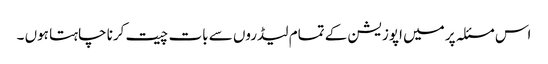
اس مسئلہ پر میں اپوزیشن کے تمام لیڈروں سے بات چیت کرنا چاہتا ہوں ۔